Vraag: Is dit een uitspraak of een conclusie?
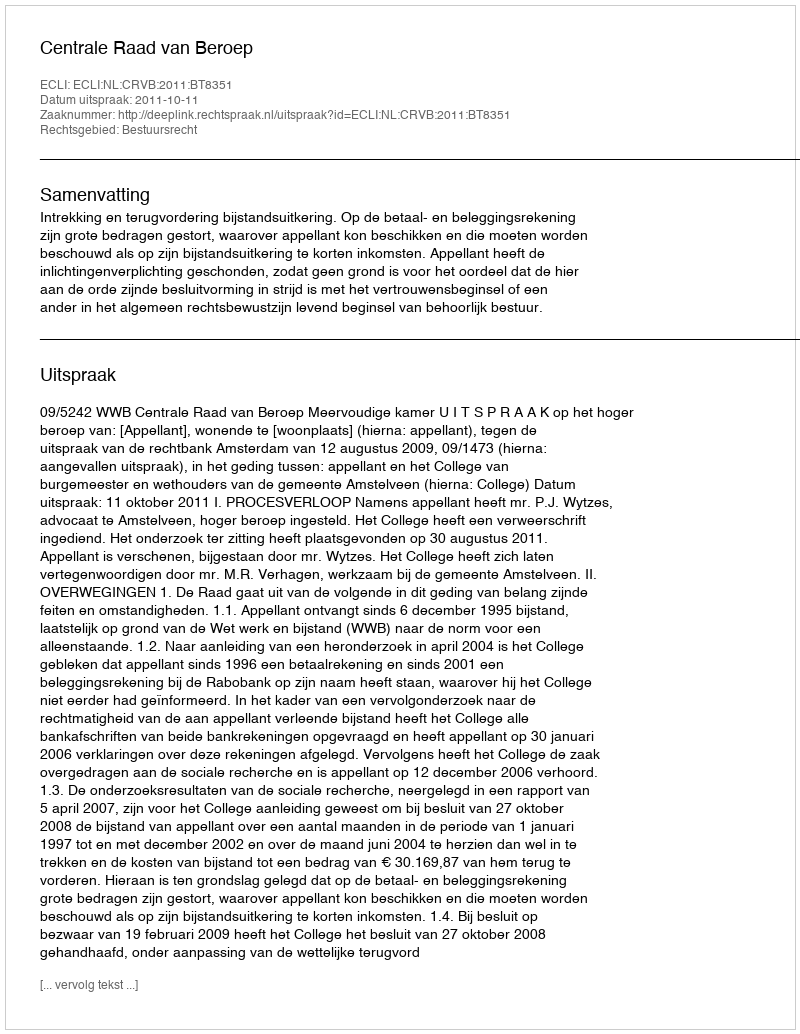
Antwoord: Uitspraak